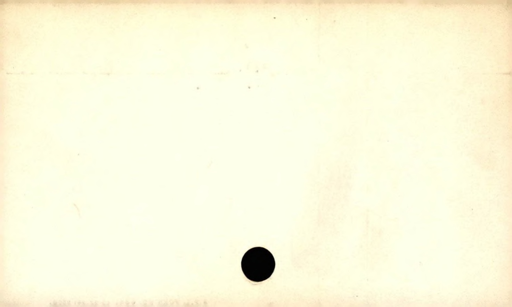
Label: blank